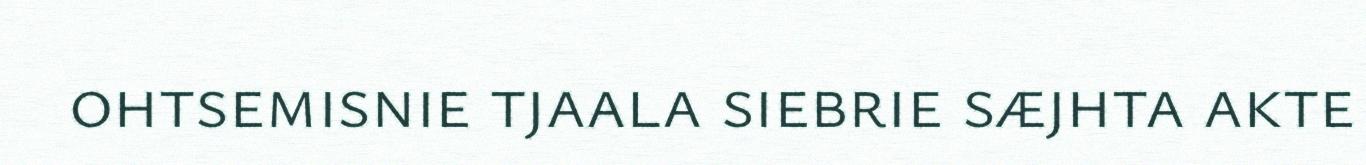
ohtsemisnie tjaala siebrie sæjhta akte